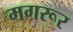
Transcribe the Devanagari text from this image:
मगरूर